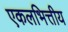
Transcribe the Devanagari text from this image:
एकलभित्तीय